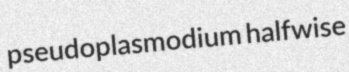
pseudoplasmodium halfwise